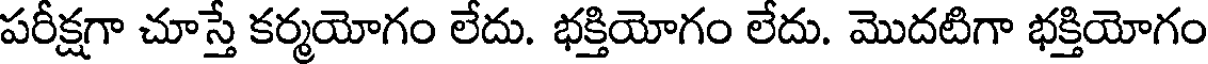
పరీక్షగా చూస్తే కర్మయోగం లేదు. భక్తియోగం లేదు. మొదటిగా భక్తియోగం